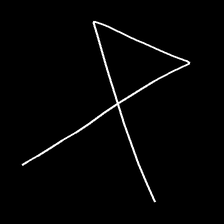
Glyph: collection